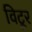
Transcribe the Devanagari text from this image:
विटूर